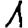
Digit: 1